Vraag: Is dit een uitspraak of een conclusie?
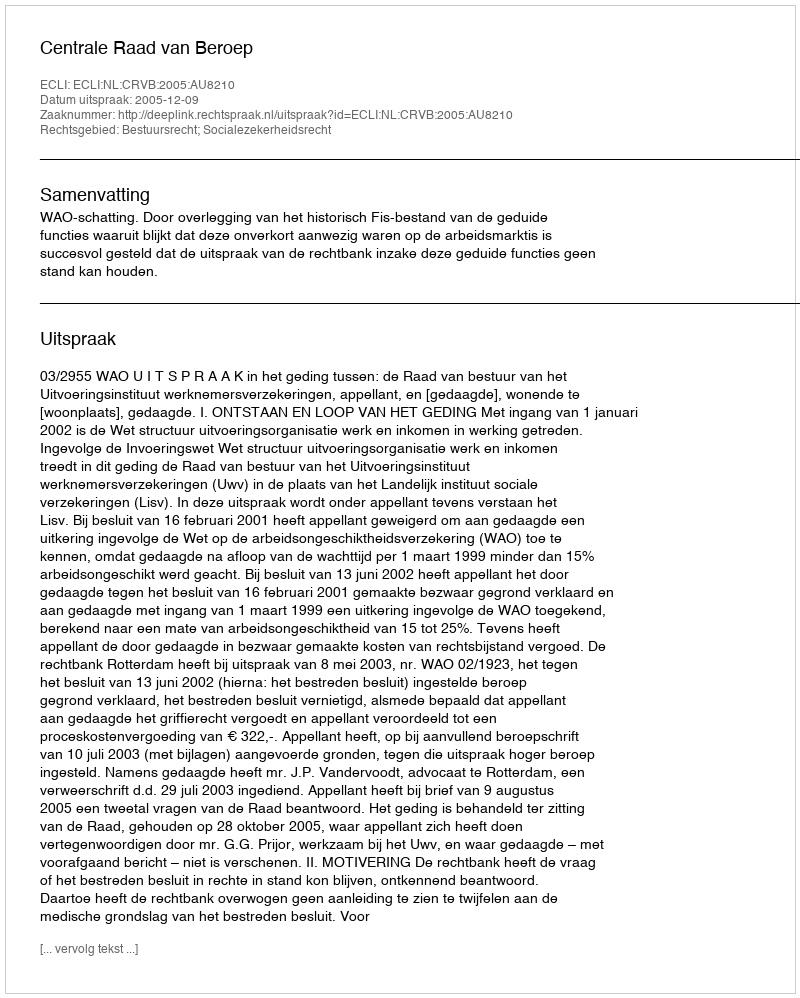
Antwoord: Uitspraak